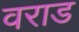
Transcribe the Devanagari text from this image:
वराड